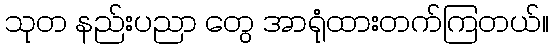
သုတ နည်းပညာ တွေ အာရုံထားတက်ကြတယ်။